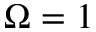
\Omega = 1